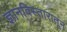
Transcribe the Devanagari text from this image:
ज्ञानविस्तारातून